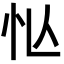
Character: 𢗅